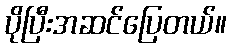
ပိုပြီးအဆင်ပြေတယ်။